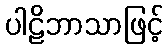
ပါဠိဘာသာဖြင့်